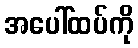
အပေါ်ထပ်ကို